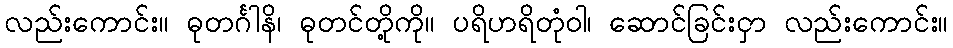
လည်းကောင်း။ ဓုတင်္ဂါနိ၊ ဓုတင်တို့ကို။ ပရိဟရိတုံဝါ၊ ဆောင်ခြင်းငှာ လည်းကောင်း။